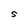
Character: S